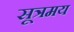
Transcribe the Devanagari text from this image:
सूत्रमय